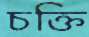
চক্তি